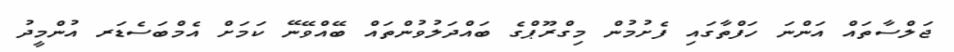
ޖަލްސާތައް އަންނަ ހަފްތާގައި ފެށުމުން މިގްރޫޕްގެ ބައްދަލުވުންތައް ބޭއްވޭނޭ ކަމަށް އެމްބަސެޑަރ އުންމީދު